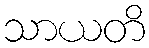
သာယတိ